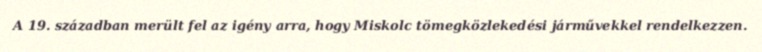
A 19. században merült fel az igény arra, hogy Miskolc tömegközlekedési járművekkel rendelkezzen.